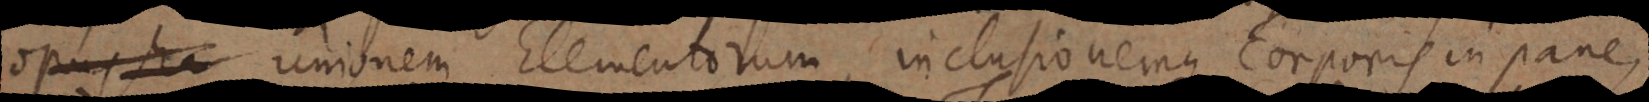
unionem Elementorum, inclusionemque corporis in pane,